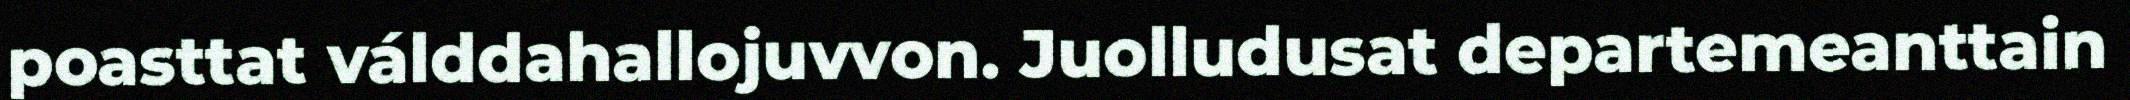
poasttat válddahallojuvvon. Juolludusat departemeanttain